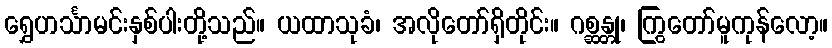
ရွှေဟင်္သာမင်းနှစ်ပါးတို့သည်။ ယထာသုခံ၊ အလိုတော်ရှိတိုင်း။ ဂစ္ဆန္တု၊ ကြွတော်မူကုန်လော့။